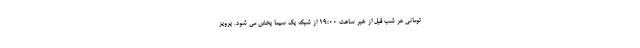
تومانی هر شب قبل از خبر ساعت 19:00 از شبکه یک سیما پخش می شود. پرویز